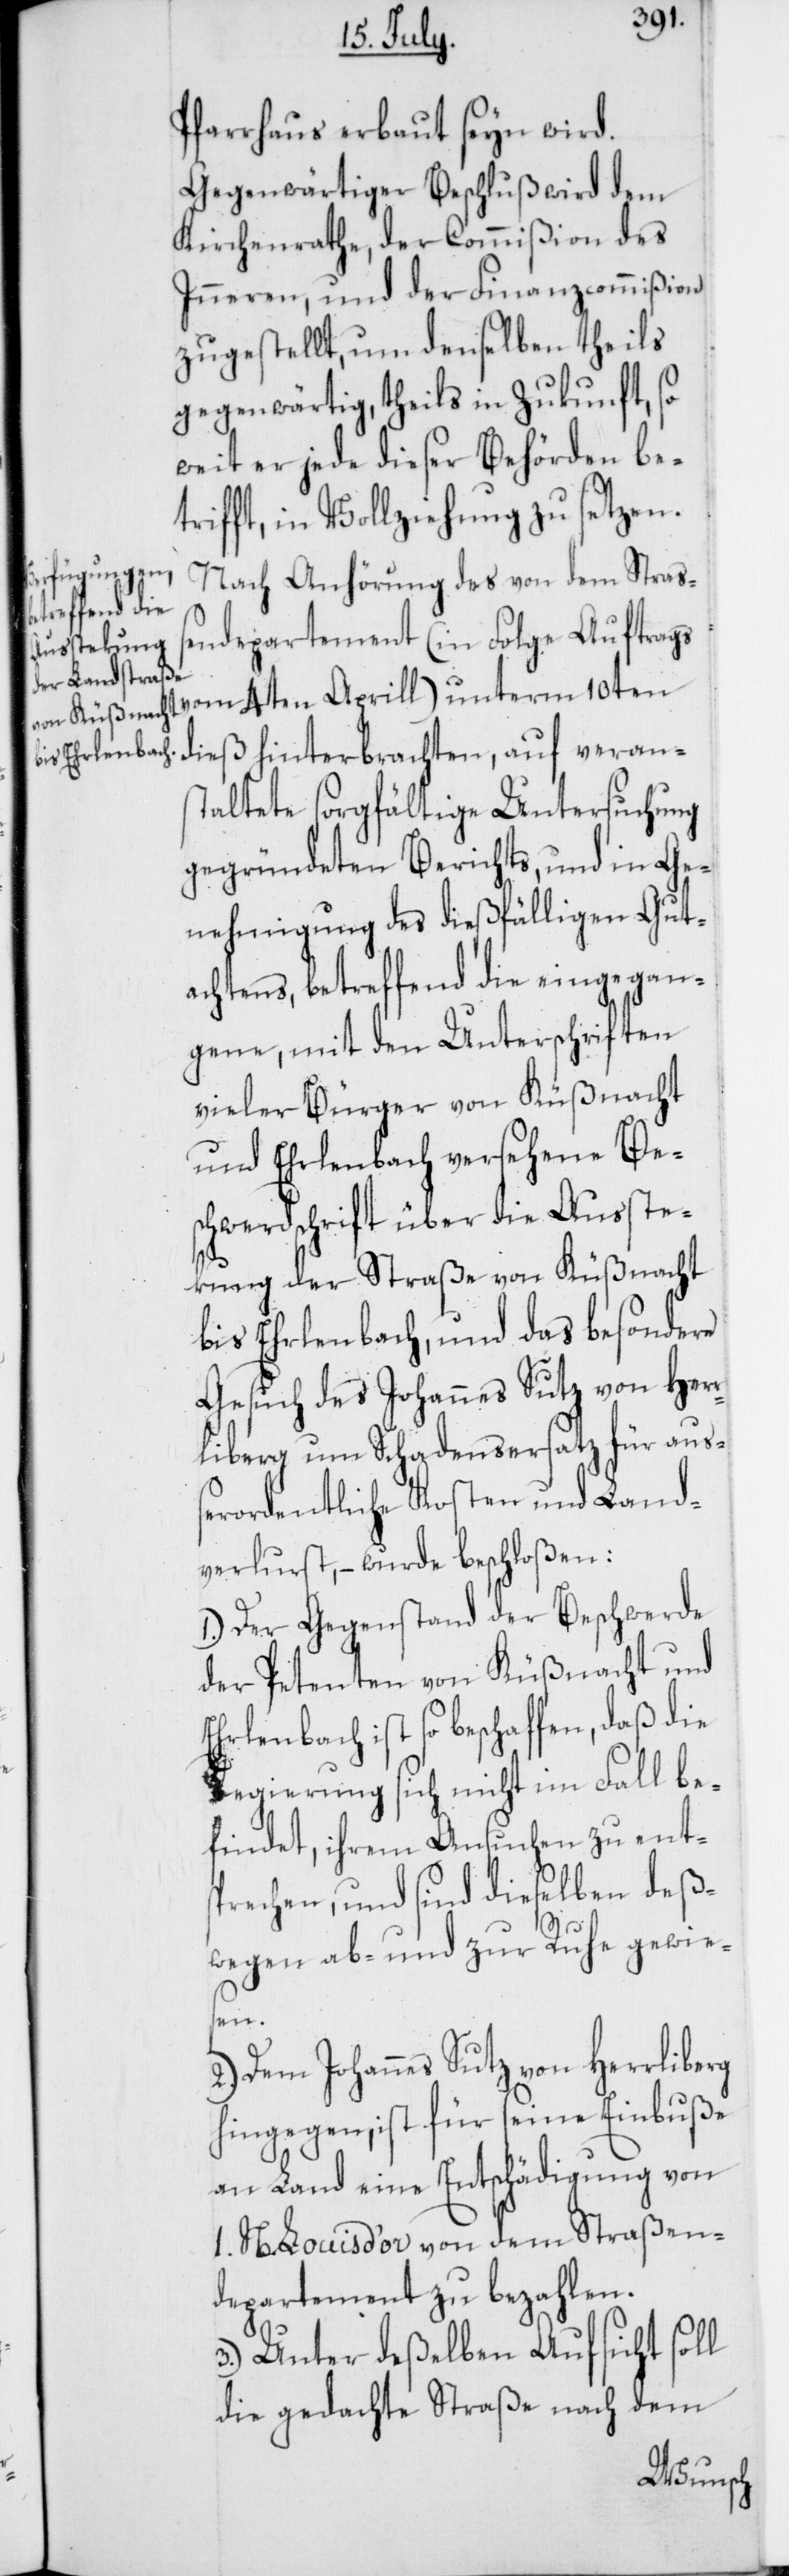
Pfarrhaus erbaut seyn wird.
Gegenwärtiger Beschluß wird dem
Kirchenrathe, der Commißion des
Inneren und der Finanzcommißion
zugestellt, um denselben theils
gegenwärtig, theils in Zukunft, so
weit er jeder dieser Behörden be¬
trifft, in Vollziehung zu setzen.
Nach Anhörung des von dem Straß¬
endepartement (in Folge Auftrags
10ten dieß hinterbrachten, auf veran¬
staltete sorgfältige Untersuchung
gegründeten Berichts, und in Ge¬
nehmigung des dießfälligen Gut¬
achtens, betreffend die eingegan¬
gene, mit den Unterschriften
vieler Bürger von Küßnacht
und Erlenbach versehene Bes¬
chwerdschrift über die Ausste¬
ckung der Straße von Küßnacht
bis Erlenbach, und das besondere
Gesuch des Johannes Sutz von Her¬
rliberg um Schadensersatz für auß¬
erordentliche Kosten und Land¬
verlust, – wurde beschloßen:
1.) Der Gegenstand der Beschwerde
der Petenten von Küßnacht und
Erlenbach ist so beschaffen, daß die
Regierung sich nicht im Fall be¬
findet, ihrem Ansuchen zu ents¬
prechen, und sind dieselben deß¬
wegen ab- und zur Ruhe gewie¬
sen.
2.) Dem Johannes Sutz von Herrliberg
hingegen, ist für seine Einbuße
an Land eine Entschädigung von
1. N. Louis d’or von dem Straßen¬
departement zu bezahlen.
3.) Unter deßelben Aufsicht soll
die gedachte Straße nach dem